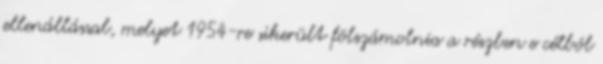
ellenállással, melyet 1954-re sikerült fölszámolnia a részben e célból